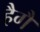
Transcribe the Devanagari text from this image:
हैगै